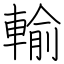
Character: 輸